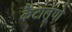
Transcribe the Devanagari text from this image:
कैंटालूपो